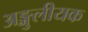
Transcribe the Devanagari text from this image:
अङ्गुलीयक